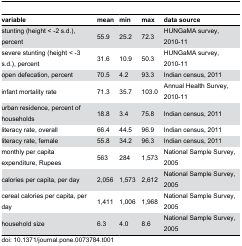
<table><thead><tr><td><b>variable</b></td><td><b> mean</b></td><td><b>min</b></td><td><b>max</b></td><td><b>data source</b></td></tr></thead><tbody><tr><td>stunting (height &lt; -2 s.d.), percent</td><td>55.9</td><td>25.2</td><td>72.3</td><td>HUNGaMA survey, 2010-11</td></tr><tr><td>severe stunting (height &lt; -3 s.d.), percent</td><td>31.6</td><td>10.9</td><td>50.3</td><td>HUNGaMA survey, 2010-11</td></tr><tr><td>open defecation, percent</td><td>70.5</td><td>4.2</td><td>93.3</td><td>Indian census, 2011</td></tr><tr><td>infant mortality rate</td><td>71.3</td><td>35.7</td><td>103.0</td><td>Annual Health Survey, 2010-11</td></tr><tr><td>urban residence, percent of households</td><td>18.8</td><td>3.4</td><td>75.8</td><td>Indian census, 2011</td></tr><tr><td>literacy rate, overall</td><td>66.4</td><td>44.5</td><td>96.9</td><td>Indian census, 2011</td></tr><tr><td>literacy rate, female</td><td>55.8</td><td>34.2</td><td>96.3</td><td>Indian census, 2011</td></tr><tr><td>monthly per capita expenditure, Rupees</td><td>563</td><td>284</td><td>1,573</td><td>National Sample Survey, 2005</td></tr><tr><td>calories per capita, per day</td><td>2,056</td><td>1,573</td><td>2,612</td><td>National Sample Survey, 2005</td></tr><tr><td>cereal calories per capita, per day</td><td>1,411</td><td>1,006</td><td>1,968</td><td>National Sample Survey, 2005</td></tr><tr><td>household size</td><td>6.3</td><td>4.0</td><td>8.6</td><td>National Sample Survey, 2005</td></tr></tbody></table>